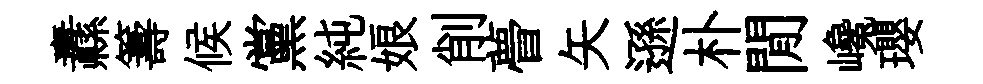
纛籌候黨純娘削瞢矢遜朴閒巉瓔